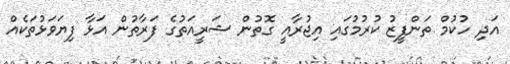
އަދި ހުކުމް ތަންފީޒު ކުރުމުގައި އިޖުރާއީ ގޮތުން ޝަރީއަތުގެ ފަރާތުން އަޅާ ފިޔަވަޅުތަކެއް